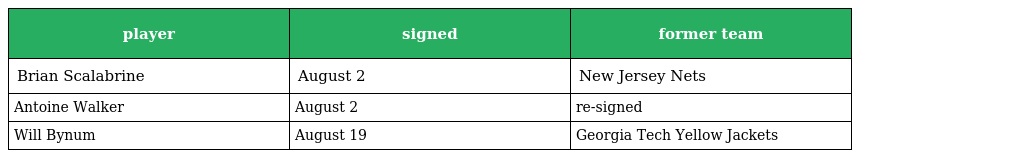
| player | signed | former team |
 | --- | --- | --- |
 | Brian Scalabrine | August 2 | New Jersey Nets |
 | Antoine Walker | August 2 | re-signed |
 | Will Bynum | August 19 | Georgia Tech Yellow Jackets |